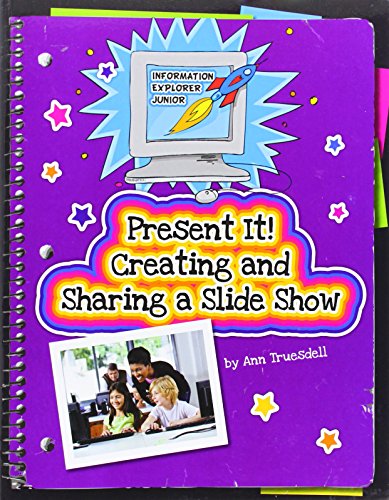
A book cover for Present It! Creating and Sharing a Slide Show (Explorer Junior Library: Information Explorer Junior); Ann Truesdell; Children's Books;